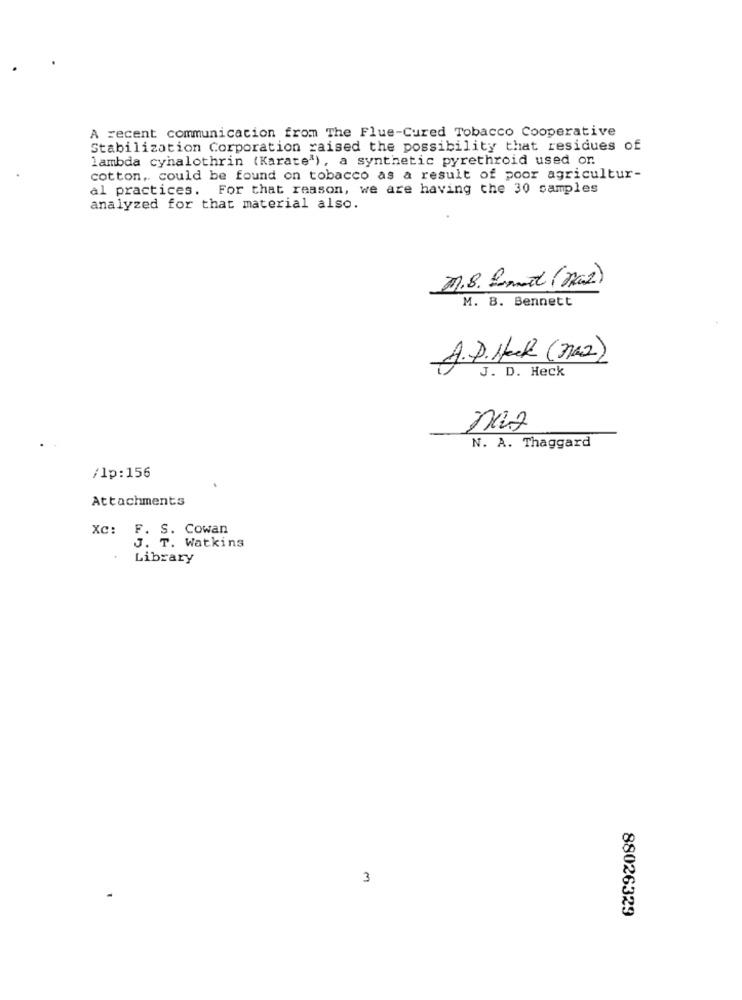
A recent communication from The Flue-Cured Tobacco Cooperative
Stabilization Corporation raised the possibility that residues of
lambda cynalothrin (Karate'), a synthetic pyrethroid used or
cotton, could be found on tobacco as a result of poor agricultur-
al practices. For that reason, we are having the 30 samples
analyzed for that material also.
1.8. Larmet (max2)
M. B. Bennett
A.D. Heck (M2)
J. D. Heck
nas
N. A. Thaggard
/lp:156
Attachments
XC: F. S. Cowan
J. T. Watkins
Library
3
88026329